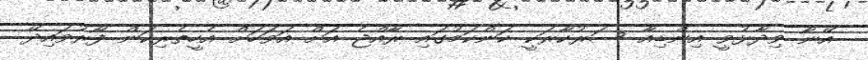
އޭނާ ވިދާޅުވީ އިންޑިއާ ސަރުކާރަކީ ކަންކަމުގައި ރާއްޖެ އަށް އަވަހަށް އެހީތެރިކަން ފޯރުވައިދޭ